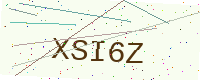
Text: XSI6Z